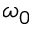
\omega _ { 0 }